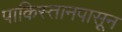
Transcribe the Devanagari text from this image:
पाकिस्तानपासून